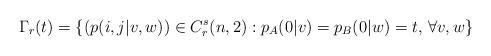
LaTeX: \begin{align*}\Gamma_r(t)=\{(p(i,j|v,w))\in C_r^s(n,2) : p_A(0|v) = p_B(0|w) =t, \, \forall v,w\}\end{align*}%\end{align*}